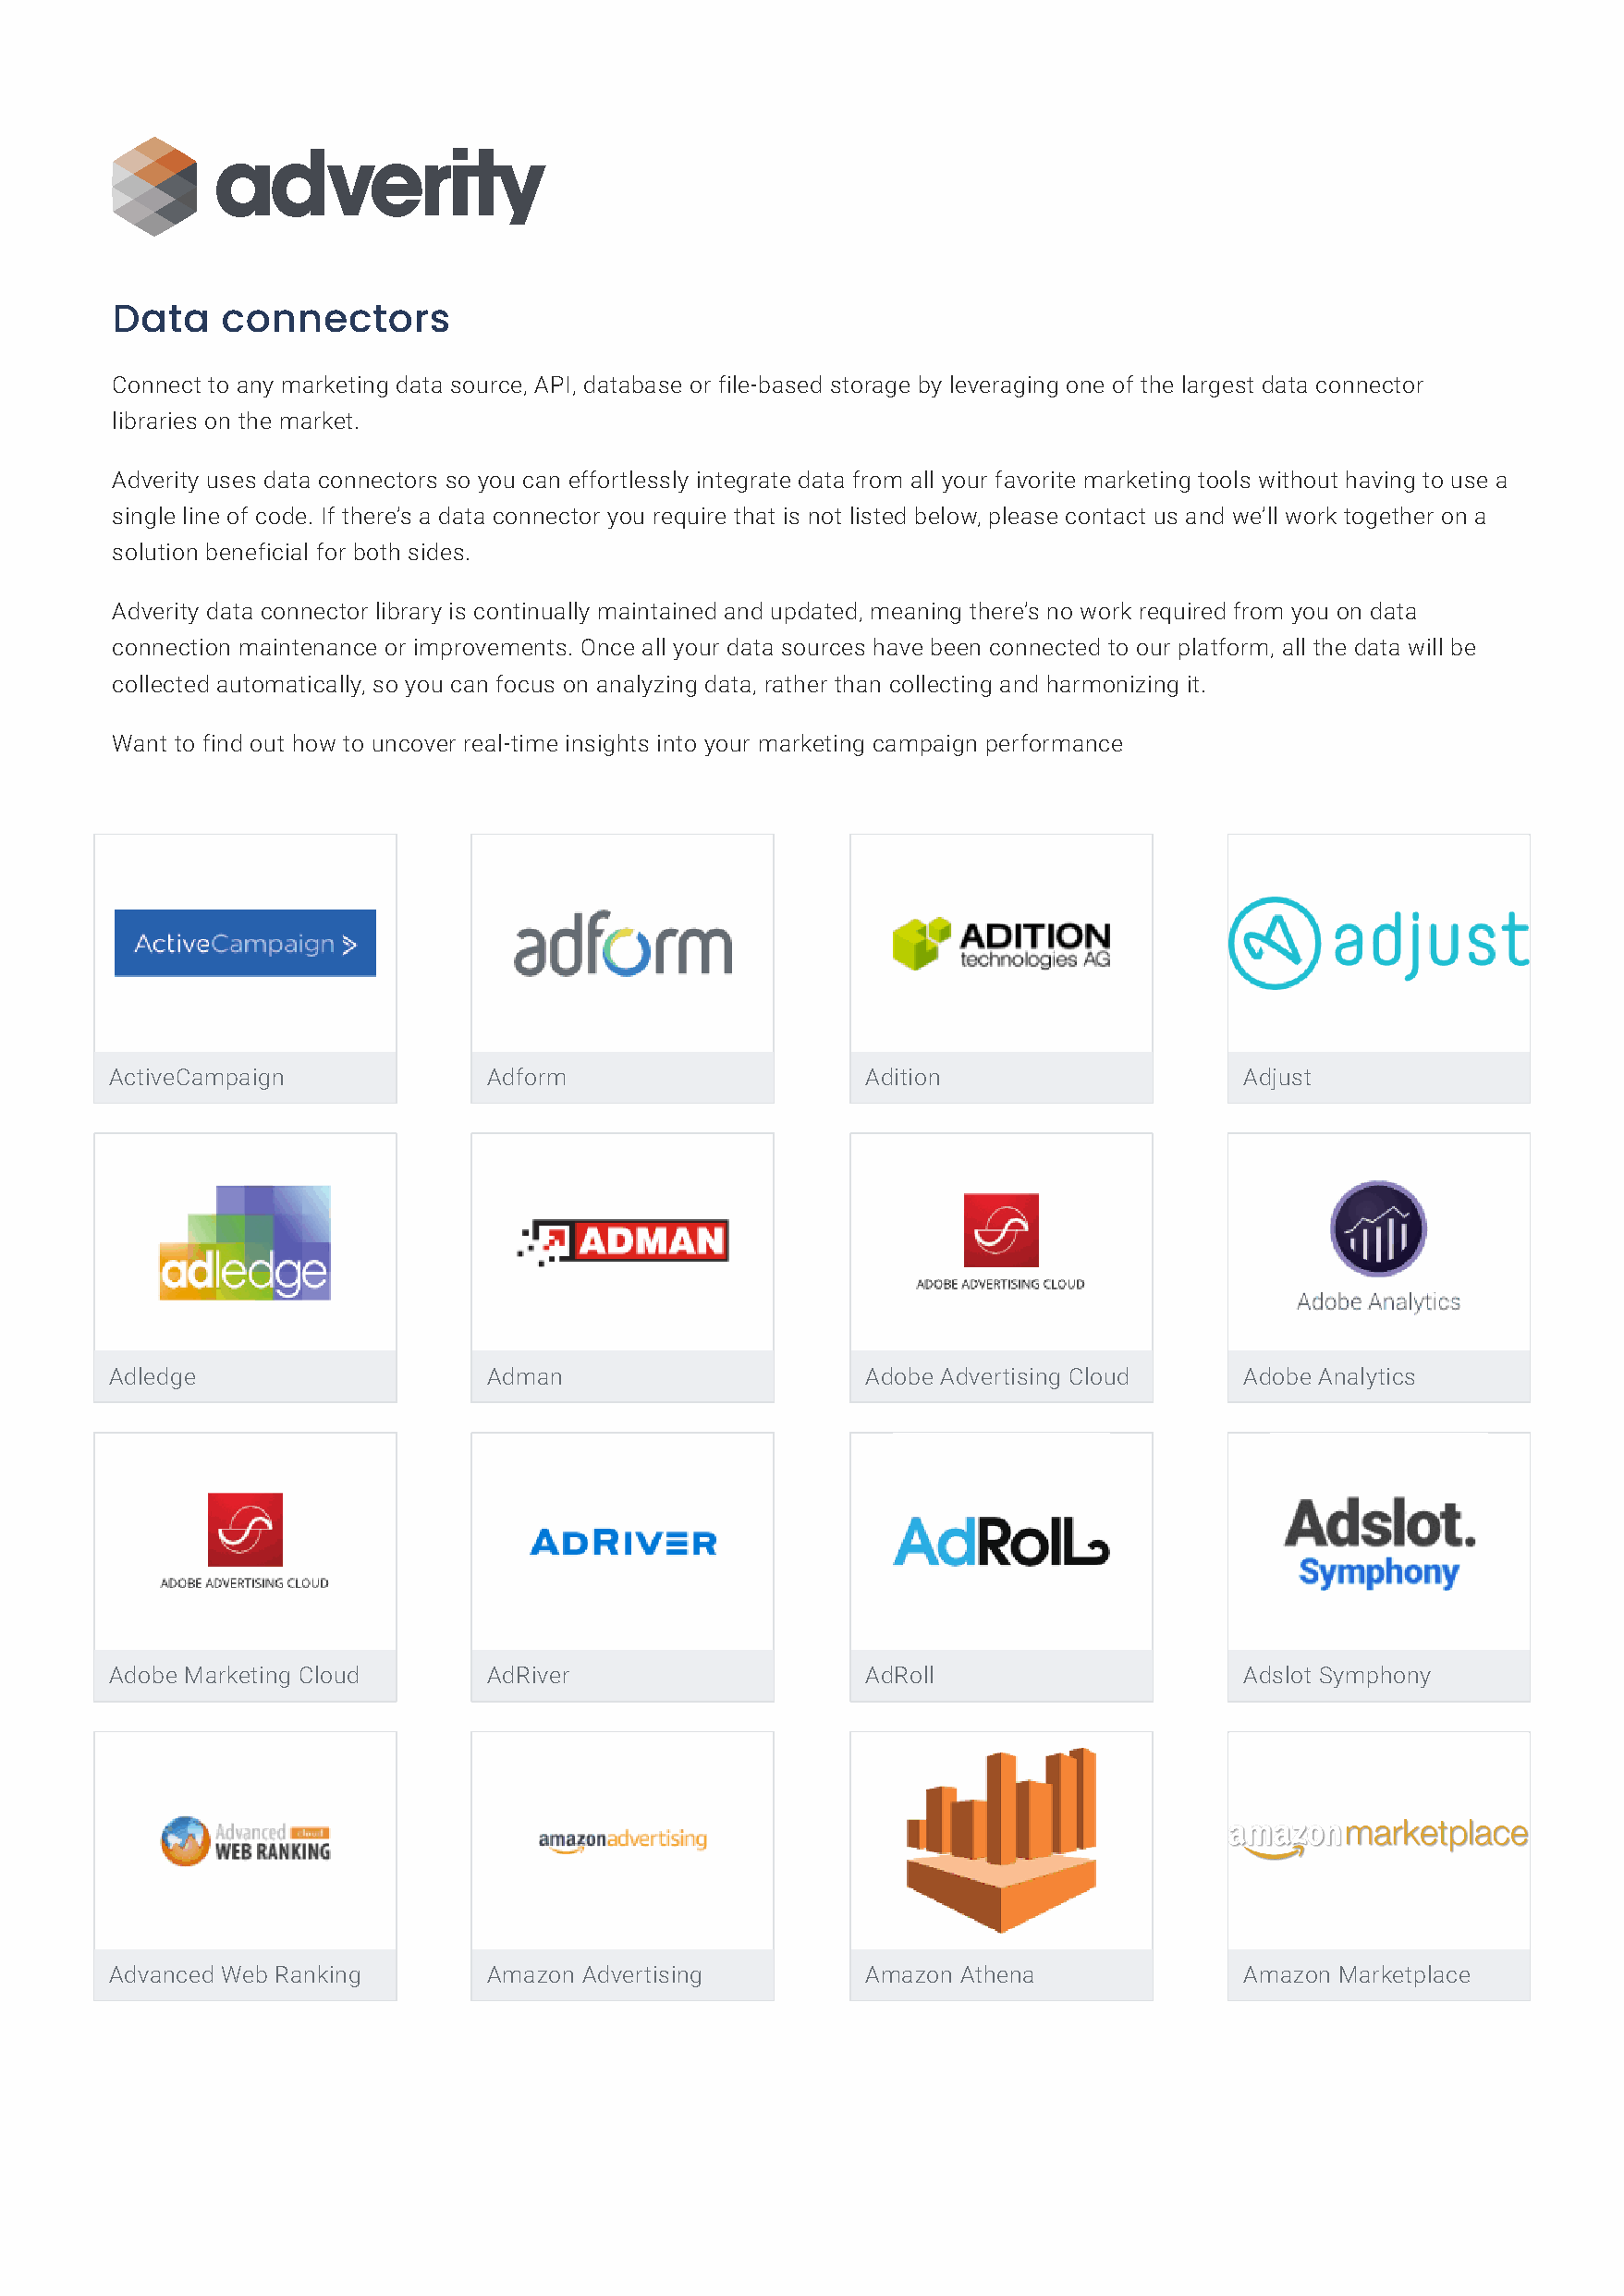
Data    connectors
 Connect to any marketing data source, API, database or file-based storage by leveraging one of the largest data connector
 libraries on the market.
 Adverity uses data connectors so you can effortlessly integrate data from all your favorite marketing tools without having to use a
 single line of code. If there’s a data connector you require that is not listed below, please contact us and we’ll work together on a
 solution beneficial for both sides.
 Adverity data connector library is continually maintained and updated, meaning there’s no work required from you on data
 connection maintenance or improvements. Once all your data sources have been connected to our platform, all the data will be
 collected automatically, so you can focus on analyzing data, rather than collecting and harmonizing it.
 Want to find out how to uncover real-time insights into your marketing campaign performance
 ActiveCampaign             Adform                     Adition                    Adjust
 Adledge                    Adman                      Adobe Advertising Cloud    Adobe Analytics
 Adobe Marketing Cloud      AdRiver                    AdRoll                     Adslot Symphony
 Advanced Web Ranking       Amazon Advertising         Amazon Athena              Amazon Marketplace